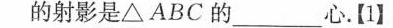
的射影是△ABC的___心.【1】